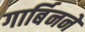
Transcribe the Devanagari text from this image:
गार्बिनने